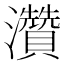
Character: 灒